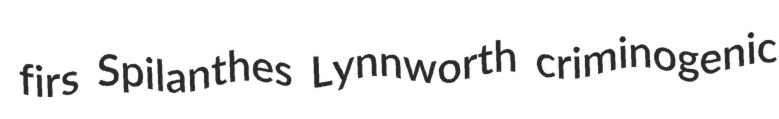
firs Spilanthes Lynnworth criminogenic